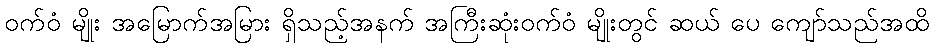
ဝက်ဝံ မျိုး အမြောက်အမြား ရှိသည့်အနက် အကြီးဆုံးဝက်ဝံ မျိုးတွင် ဆယ် ပေ ကျော်သည်အထိ